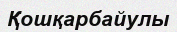
Қошқарбайулы